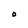
Character: O